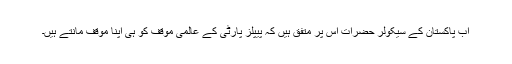
اب پاکستان کے سیکولر حضرات اس پر متفق ہیں کہ پیپلز پارٹی کے عالمی مؤقف کو ہی اپنا مؤقف مانتے ہیں۔